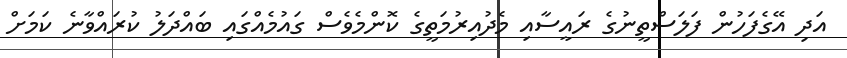
އަދި އޭގެފަހުން ފަލަސްތީނުގެ ރައީސާއި މެދުއިރުމަތީގެ ކޮންމެވެސް ގައުމެއްގައި ބައްދަލު ކުރައްވާނެ ކަމަށް